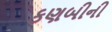
કણબીની